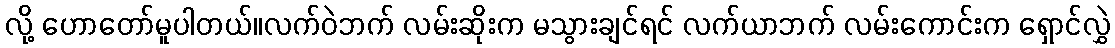
လို့ ဟောတော်မူပါတယ်။လက်ဝဲဘက် လမ်းဆိုးက မသွားချင်ရင် လက်ယာဘက် လမ်းကောင်းက ရှောင်လွှဲ